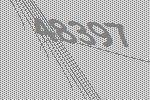
48397